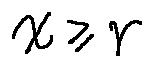
x \geq r